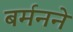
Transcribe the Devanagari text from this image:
बर्मनने